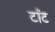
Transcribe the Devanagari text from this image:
टाँट